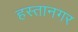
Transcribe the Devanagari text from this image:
हस्तानगर